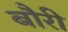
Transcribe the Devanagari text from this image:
बौरी